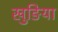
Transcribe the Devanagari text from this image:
खुङिया